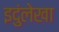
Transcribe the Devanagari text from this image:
इदुंलेखा